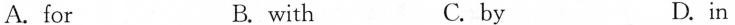
A. for B. with C. by D.in